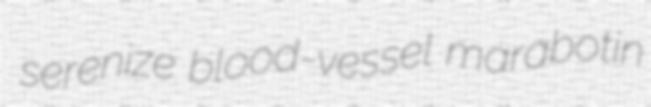
serenize blood-vessel marabotin